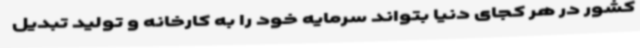
کشور در هر کجای دنیا بتواند سرمایه خود را به کارخانه و تولید تبدیل